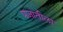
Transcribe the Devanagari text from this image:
प्रजातीला